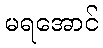
မရအောင်